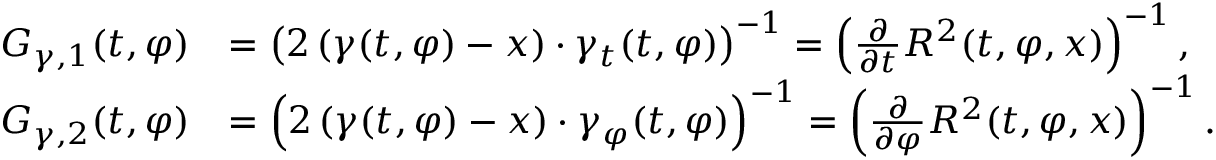
\begin{array} { r l } { G _ { \v \gamma , 1 } ( t , \varphi ) } & { = \left( 2 \left( \v \gamma ( t , \varphi ) - \v x \right) \cdot \v \gamma _ { t } ( t , \varphi ) \right) ^ { - 1 } = \left( \frac { \partial } { \partial t } R ^ { 2 } ( t , \varphi , \v x ) \right) ^ { - 1 } , } \\ { G _ { \v \gamma , 2 } ( t , \varphi ) } & { = \left( 2 \left( \v \gamma ( t , \varphi ) - \v x \right) \cdot \v \gamma _ { \varphi } ( t , \varphi ) \right) ^ { - 1 } = \left( \frac { \partial } { \partial \varphi } R ^ { 2 } ( t , \varphi , \v x ) \right) ^ { - 1 } . } \end{array}